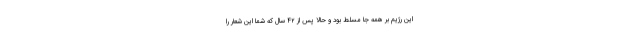
این رژیم بر همه جا مسلط بود و حالا پس از ۴۲ سال که شما این شعار را